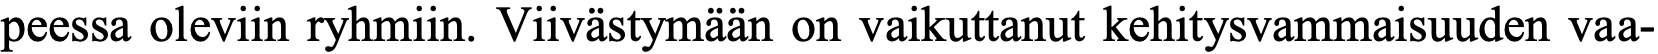
peessa oleviin ryhmiin. Viivästymään on vaikuttanut kehitysvammaisuuden vaa-